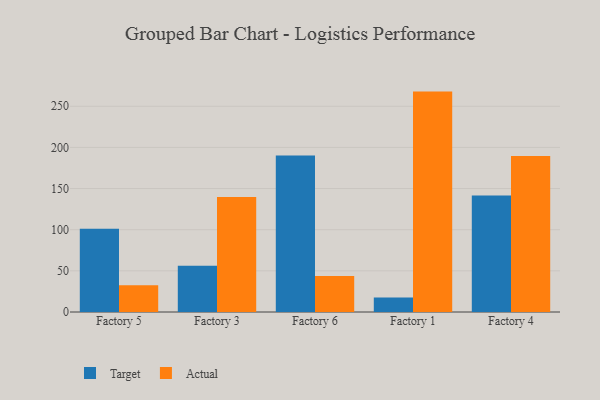
{"axis": {"x": "Factory", "y": "Operating Costs (USD K)"}, "legend": ["Actual", "Target"], "data": [{"x": "Factory 5", "y": 101.3, "type": "Target"}, {"x": "Factory 5", "y": 32.5, "type": "Actual"}, {"x": "Factory 3", "y": 56.1, "type": "Target"}, {"x": "Factory 3", "y": 139.6, "type": "Actual"}, {"x": "Factory 6", "y": 190.3, "type": "Target"}, {"x": "Factory 6", "y": 43.7, "type": "Actual"}, {"x": "Factory 1", "y": 17.5, "type": "Target"}, {"x": "Factory 1", "y": 267.8, "type": "Actual"}, {"x": "Factory 4", "y": 141.7, "type": "Target"}, {"x": "Factory 4", "y": 189.4, "type": "Actual"}]}